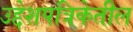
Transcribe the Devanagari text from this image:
उद्देशपत्रिकेतील